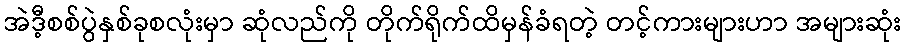
အဲဒီ့စစ်ပွဲနှစ်ခုစလုံးမှာ ဆုံလည်ကို တိုက်ရိုက်ထိမှန်ခံရတဲ့ တင့်ကားများဟာ အများဆုံး